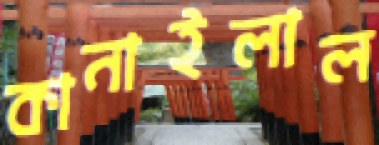
কানাইলাল